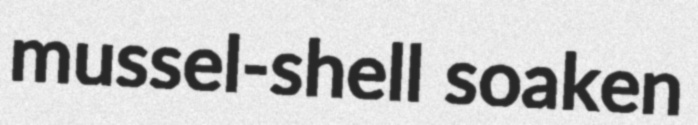
mussel-shell soaken